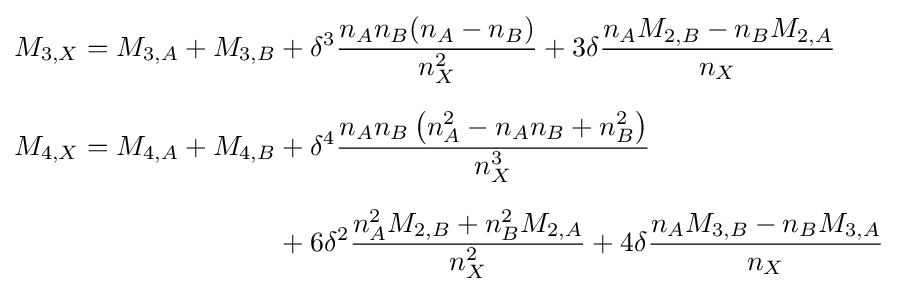
{\begin{aligned}M_{3,X}=M_{3,A}+M_{3,B}&{}+\delta ^{3}{\frac {n_{A}n_{B}(n_{A}-n_{B})}{n_{X}^{2}}}+3\delta {\frac {n_{A}M_{2,B}-n_{B}M_{2,A}}{n_{X}}}\\[6pt]M_{4,X}=M_{4,A}+M_{4,B}&{}+\delta ^{4}{\frac {n_{A}n_{B}\left(n_{A}^{2}-n_{A}n_{B}+n_{B}^{2}\right)}{n_{X}^{3}}}\\[6pt]&{}+6\delta ^{2}{\frac {n_{A}^{2}M_{2,B}+n_{B}^{2}M_{2,A}}{n_{X}^{2}}}+4\delta {\frac {n_{A}M_{3,B}-n_{B}M_{3,A}}{n_{X}}}\end{aligned}}